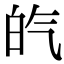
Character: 𤽍